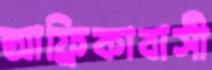
আফ্রিকাবাসী